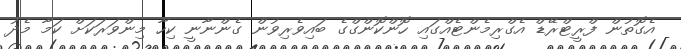
އެގޮތުން ފްރީޓްރޭޑް އެގްރިމެންޓެއްގައި ހޮންކޮންގްގެ ބައިވެރިވުން ގެންނާނީ ކިހާ މިންވަރަކަށް ކަމާ މެދު